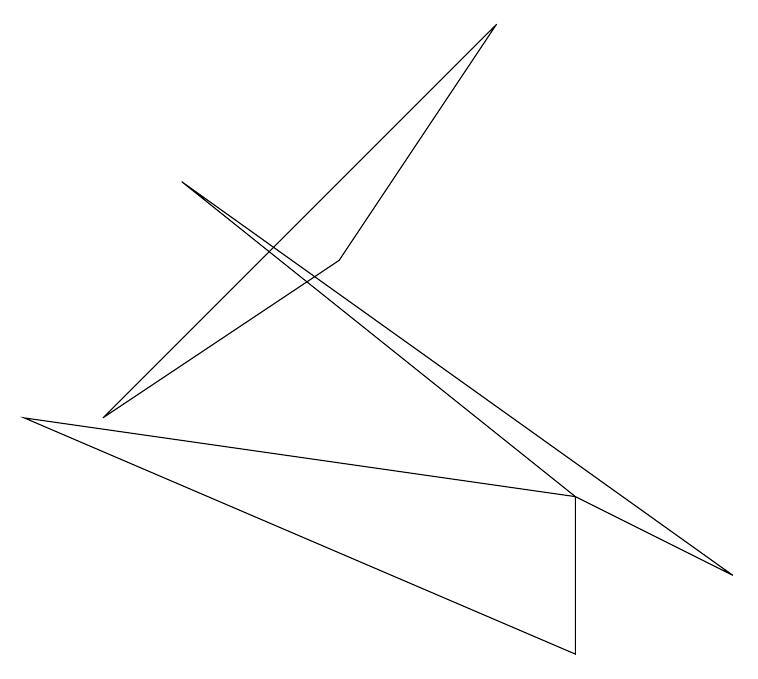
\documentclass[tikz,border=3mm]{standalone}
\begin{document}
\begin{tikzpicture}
\draw (2,7) -- (7,3) -- (9,2) -- cycle;
\draw (7,3) -- (0,4) -- (7,1) -- cycle;
\draw (1,4) -- (6,9) -- (4,6) -- cycle;
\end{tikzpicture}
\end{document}